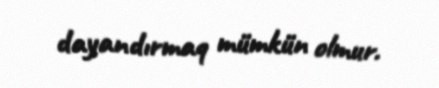
dayandırmaq mümkün olmur.